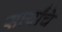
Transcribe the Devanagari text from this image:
सार्यांचे